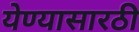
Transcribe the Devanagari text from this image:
येण्यासारठी